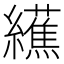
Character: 䌭